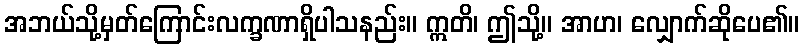
အဘယ်သို့မှတ်ကြောင်းလက္ခဏာရှိပါသနည်း။ ဣတိ၊ ဤသို့။ အာဟ၊ လျှောက်ဆိုပေ၏။